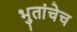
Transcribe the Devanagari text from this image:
भुतांचेच